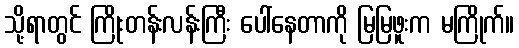
သို့ရာတွင် ကြိုးတန်းလန်းကြီး ပေါ်နေတာကို မြမြဖူးက မကြိုက်။